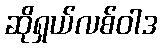
ဆိုရှယ်လစ်ဝါဒ